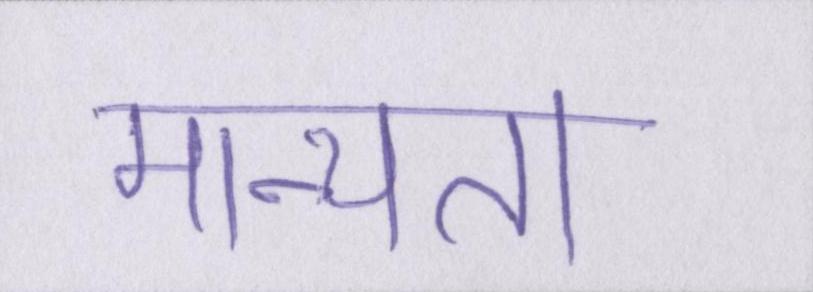
मान्यता